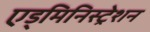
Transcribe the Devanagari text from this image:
एड्मिनिस्ट्रेशन